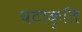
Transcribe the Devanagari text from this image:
घटाकृति